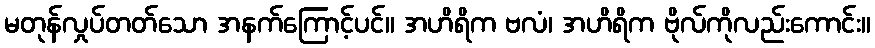
မတုန်လှုပ်တတ်သော အနက်ကြောင့်ပင်။ အဟိရိက ဗလံ၊ အဟိရိက ဗိုလ်ကိုလည်းကောင်း။